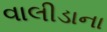
વાલીડાના